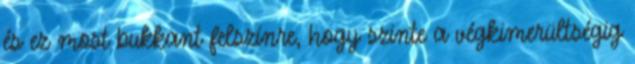
és ez most bukkant felszínre, hogy szinte a végkimerültségig